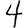
Digit: 4